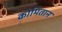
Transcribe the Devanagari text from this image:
कोमितान